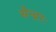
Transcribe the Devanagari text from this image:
सेन्द्राः